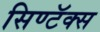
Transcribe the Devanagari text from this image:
सिण्टॅक्स